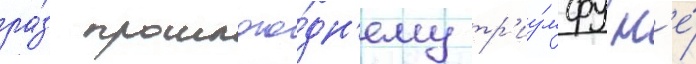
ра́з прошлого́дн'ему тр'иу́мфу н'е́